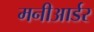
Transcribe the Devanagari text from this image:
मनीआर्डर